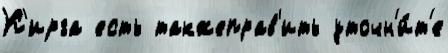
К'ирга есть такжеправ'ить уточн'и́т'е